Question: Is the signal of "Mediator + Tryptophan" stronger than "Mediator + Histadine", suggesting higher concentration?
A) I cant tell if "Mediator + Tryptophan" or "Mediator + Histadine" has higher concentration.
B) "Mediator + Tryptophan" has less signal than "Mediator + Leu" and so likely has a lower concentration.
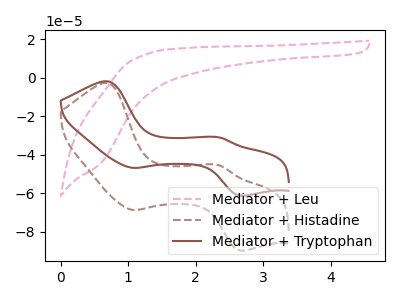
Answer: <think>The pink dashed curve "Mediator + Leu" has no peaks. The brown dashed curve "Mediator + Histadine" has anodic peaks at (0.70V, -2.80uA) (2.35V, -45.55uA) and cathodic peaks at (1.10V, -68.70uA) (2.65V, -89.80uA). The brown curve "Mediator + Tryptophan" has anodic peaks at (0.70V, -1.90uA) (2.35V, -31.05uA) and cathodic peaks at (1.10V, -46.85uA) (2.65V, -61.20uA).
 All the peaks in "Mediator + Tryptophan" have a peak in "Mediator + Histadine" at the same potential.</think>
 <answer>A) I cant tell if "Mediator + Tryptophan" or "Mediator + Histadine" has higher concentration.</answer>
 <eval>A</eval>